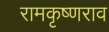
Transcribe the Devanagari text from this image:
रामकृष्णराव